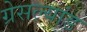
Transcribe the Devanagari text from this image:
ग्रेसल्यांड